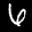
Label: 6